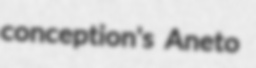
conception's Aneto